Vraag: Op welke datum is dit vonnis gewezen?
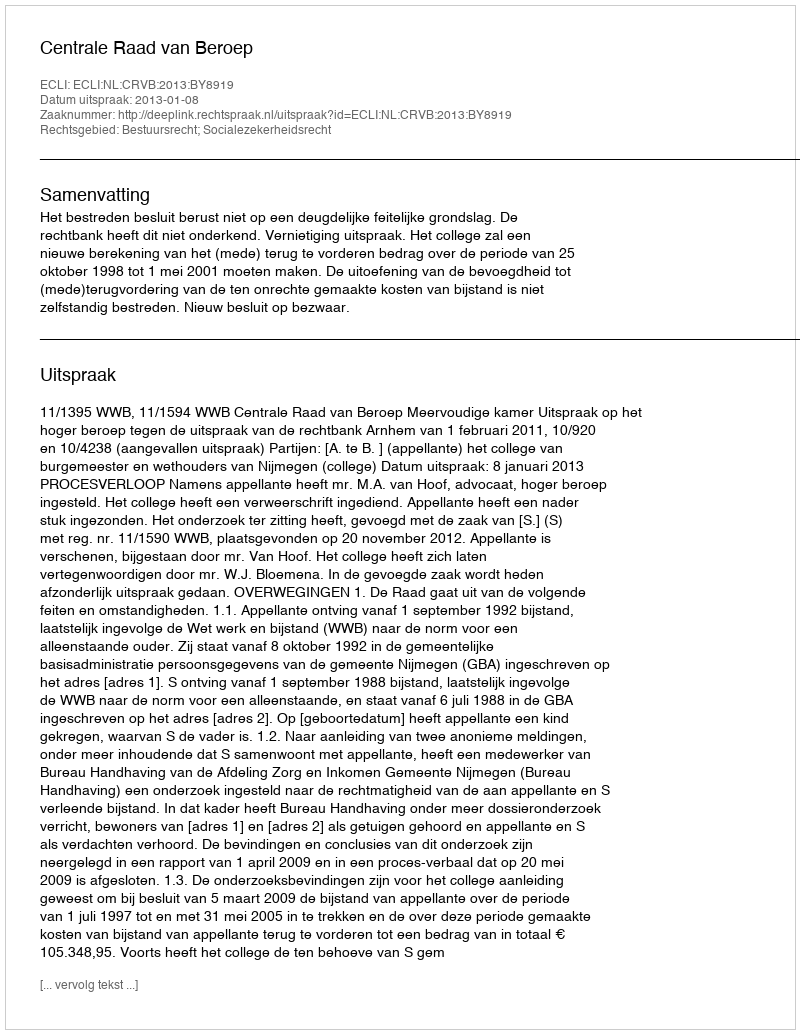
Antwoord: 2013-01-08